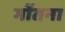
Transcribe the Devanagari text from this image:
गोंतना